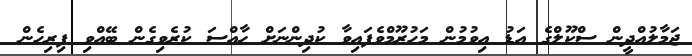
ޖަމާލުއްދީން ސްކޫލްގެ އަޑު އިވުމުން މަހުރޫމްވެފައިވާ ކުދިންނަށް ޙާއްސަ ކުރެވިގެން ބޭއްވި ފިރިހެން